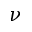
\nu